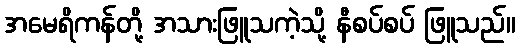
အမေရိကန်တို့ အသားဖြူသကဲ့သို့ နီစပ်စပ် ဖြူသည်။